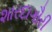
શારદાગૌરી